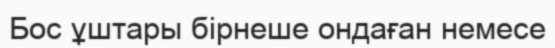
Бос ұштары бірнеше ондаған немесе